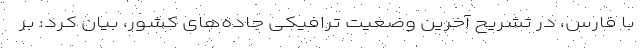
با فارس، در تشریح آخرین وضعیت ترافیکی جاده‌های کشور‌، بیان کرد: بر